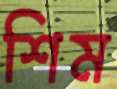
শিম